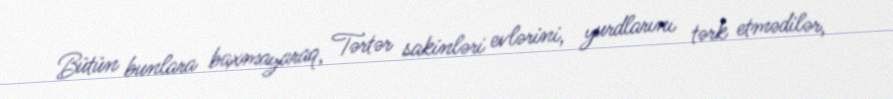
Bütün bunlara baxmayaraq, Tərtər sakinləri evlərini, yurdlarını tərk etmədilər,